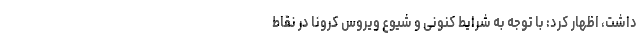
داشت، اظهار کرد: با توجه به شرایط کنونی و شیوع ویروس کرونا در نقاط